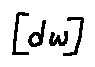
[ d w ]